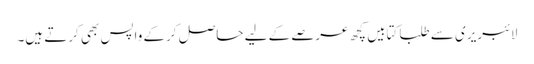
لائبریری سے طلبا کتابیں کچھ عرصے کے لیے حاصل کرکے واپس بھی کرتے ہیں۔